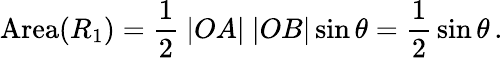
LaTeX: \mathrm{Area}(R_{1})={\frac{1}{2}}\ |OA|\ |OB|\sin\theta={\frac{1}{2}}\sin\theta\, .